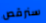
سنرقص